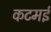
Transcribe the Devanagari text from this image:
कटमई